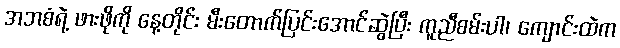
အဘစံရဲ့ ဖားဖိုကို နေ့တိုင်း မီးတောက်ပြင်းအောင်ဆွဲပြီး ကူညီစမ်းပါ၊ ကျောင်းထဲက